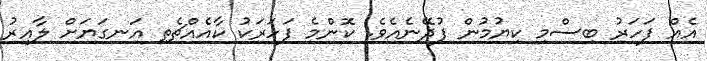
އެއް ފަހަރު ބިސްމި ކިޔުމުން ފުދޭނެއެވެ. ކޮންމެ ފަހަރަކު ކާއެއްޗެތި އަނގަޔަށް ލާއިރު